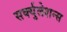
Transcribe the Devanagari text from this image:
सर्क्युलेशन्स